Quinine and its salts - Number 41
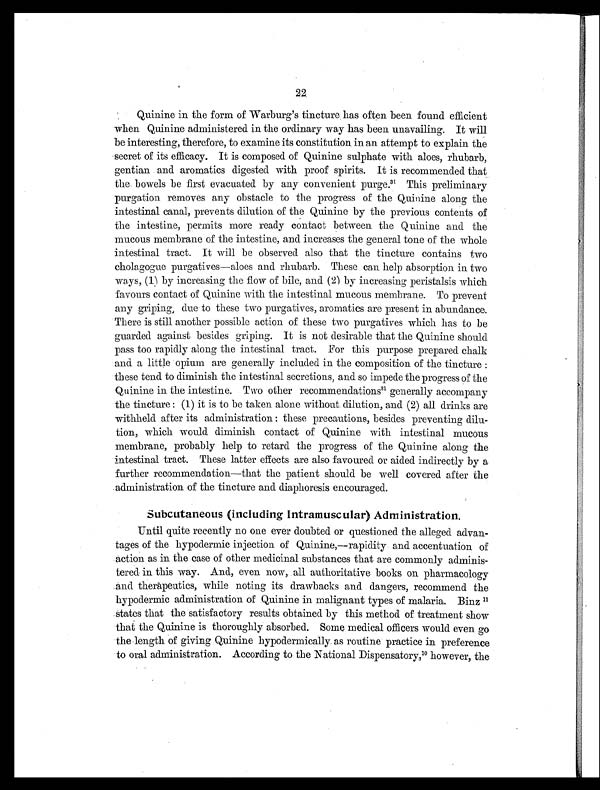
22
Quinine in the form of Warburg's tincture has often been found efficient
when Quinine administered in the ordinary way has been unavailing. It will
be interesting, therefore, to examine its constitution in an attempt to explain the
secret of its efficacy. It is composed of Quinine sulphate with aloes, rhubarb,
gentian and aromatics digested with proof spirits. It is recommended that
the bowels be first evacuated by any convenient purge.31 This preliminary
purgation removes any obstacle to the progress of the Quinine along the
intestinal canal, prevents dilution of the Quinine by the previous contents of
the intestine, permits more ready contact between the Quinine and the
mucous membrane of the intestine, and increases the general tone of the whole
intestinal tract. It will be observed also that the tincture contains two
cholagogue purgatives—aloes and rhubarb. These can help absorption in two
ways, (1) by increasing the flow of bile, and (2) by increasing peristalsis which
favours contact of Quinine with the intestinal mucous membrane. To prevent
any griping, due to these two purgatives, aromatics are present in abundance.
There is still another possible action of these two purgatives which has to be
guarded against besides griping. It is not desirable that the Quinine should
pass too rapidly along the intestinal tract. For this purpose prepared chalk
and a little opium are generally included in the composition of the tincture :
these tend to diminish the intestinal secretions, and so impede the progress of the
Quinine in the intestine. Two other recommendation13 generally accompany
the tincture : (1) it is to be taken alone without dilution, and (2) all drinks are
withheld after its administration : these precautions, besides preventing dilu-
tion, which would diminish contact of Quinine with intestinal mucous
membrane, probably help to retard the progress of the Quinine along the
intestinal tract. These latter effects are also favoured or aided indirectly by a
further recommendation—that the patient should be well covered after the
administration of the tincture and diaphoresis encouraged.
Subcutaneous (including Intramuscular) Administration.
Until quite recently no one ever doubted or questioned the alleged advan-
tages of the hypodermic injection of Quinine,—rapidity and accentuation of
action as in the case of other medicinal substances that are commonly adminis-
tered in this way. And, even now, all authoritative books on pharmacology
and therapeutics, while noting its drawbacks and dangers, recommend the
hypodermic administration of Quinine in malignant types of malaria. Binz1 1
states that the satisfactory results obtained by this method of treatment show
that the Quinine is thoroughly absorbed. Some medical officers would even go
the length of giving Quinine hypodermically as routine practice in preference
to oral administration. According to the National Dispensatory, 10 however, the